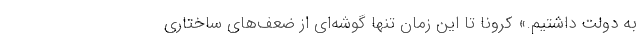
به دولت داشتیم.» کرونا تا این زمان تنها گوشه‌ای از ضعف‌های ساختاری